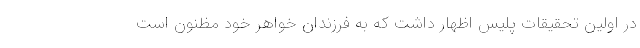
در اولین تحقیقات پلیس اظهار داشت که به فرزندان خواهر خود مظنون است